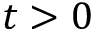
t > 0